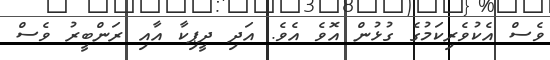
ވެސް އެކުވެރިކަމުގެ ގުޅުން އޮވެ އެވެ. އަދި ދީޕިކާ އާއި ރަންބީރު ވެސް